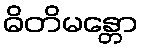
ဓိတိမန္တော